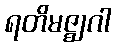
ရတိမဇ္ဈဂါ